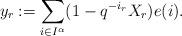
LaTeX: \begin{align*}y_r:=\sum_{i\in I^{\alpha}}(1-q^{-i_r}X_r)e(i).\end{align*}